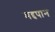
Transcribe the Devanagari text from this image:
मद्दपान